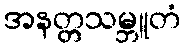
အနတ္တသမ္ဘူတံ